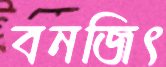
বনজিৎ